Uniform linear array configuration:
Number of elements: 48
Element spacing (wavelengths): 0.75
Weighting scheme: binomial
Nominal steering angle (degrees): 0
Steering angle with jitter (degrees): -0.5639
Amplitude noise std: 0.05
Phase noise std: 0.05

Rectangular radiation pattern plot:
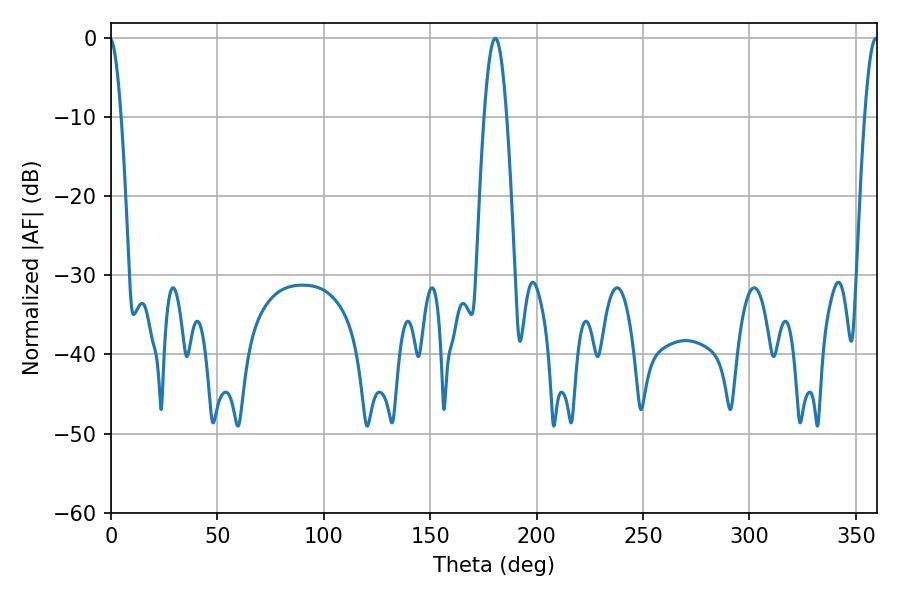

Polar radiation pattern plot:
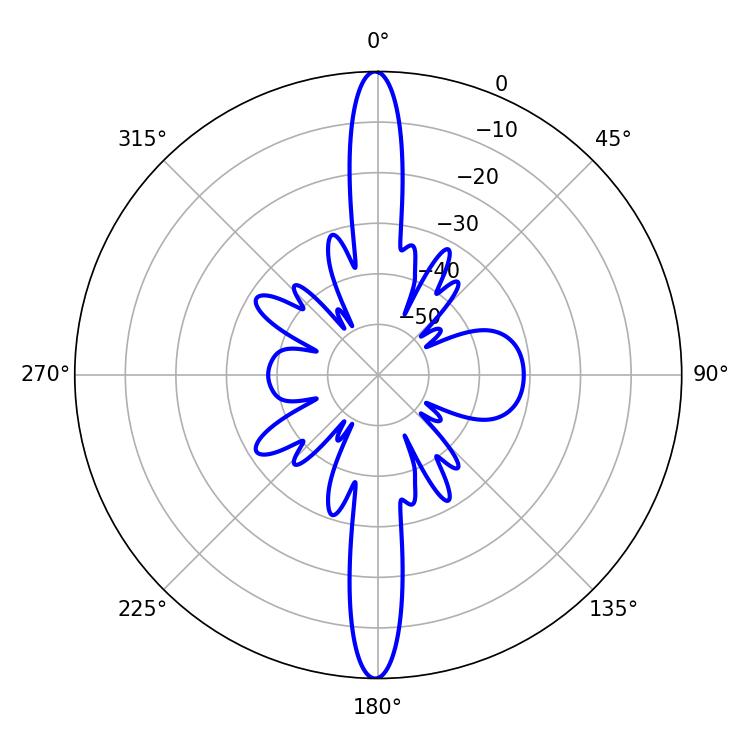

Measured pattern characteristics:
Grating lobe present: TRUE
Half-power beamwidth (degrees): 5.76
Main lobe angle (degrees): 180.54